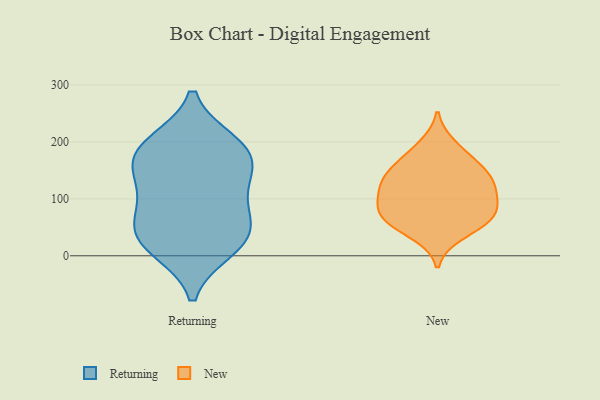
{"axis": {"x": "Shipments", "y": "Value"}, "legend": ["New", "Returning"], "data": [{"x": "", "y": 165, "type": "Returning"}, {"x": "", "y": 186, "type": "Returning"}, {"x": "", "y": 73, "type": "Returning"}, {"x": "", "y": 40, "type": "Returning"}, {"x": "", "y": 191, "type": "Returning"}, {"x": "", "y": 19, "type": "Returning"}, {"x": "", "y": 87, "type": "Returning"}, {"x": "", "y": 198, "type": "Returning"}, {"x": "", "y": 12, "type": "Returning"}, {"x": "", "y": 140, "type": "Returning"}, {"x": "", "y": 40, "type": "Returning"}, {"x": "", "y": 134, "type": "Returning"}, {"x": "", "y": 38, "type": "New"}, {"x": "", "y": 105, "type": "New"}, {"x": "", "y": 172, "type": "New"}, {"x": "", "y": 110, "type": "New"}, {"x": "", "y": 64, "type": "New"}, {"x": "", "y": 62, "type": "New"}, {"x": "", "y": 62, "type": "New"}, {"x": "", "y": 194, "type": "New"}, {"x": "", "y": 136, "type": "New"}, {"x": "", "y": 90, "type": "New"}, {"x": "", "y": 78, "type": "New"}, {"x": "", "y": 124, "type": "New"}, {"x": "", "y": 147, "type": "New"}, {"x": "", "y": 148, "type": "New"}]}